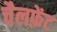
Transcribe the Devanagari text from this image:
चैलफ़ेंट